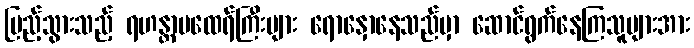
ပြည့်သွားသည့် ရဟန္တာမထေရ်ကြီးများ ရောနှောနေသည်မှာ ဆောင်ရွက်နေကြသူများအား